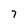
Character: 7